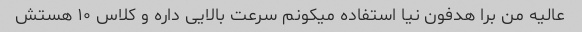
عالیه من برا هدفون نیا استفاده میکونم سرعت بالایی داره و کلاس ۱۰ هستش